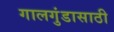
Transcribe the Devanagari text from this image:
गालगुंडासाठी